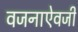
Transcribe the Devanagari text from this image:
वजनाऐवजी